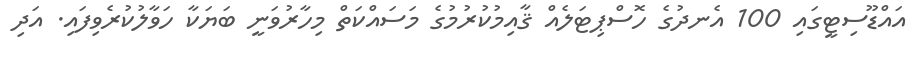
އައްޑޫސިޓީގައި 100 އެނދުގެ ހޮސްޕިޓަލެއް ޤާއިމުކުރުމުގެ މަސައްކަތް މިހާރުވަނީ ބަޔަކާ ހަވާލުކުރެވިފައި. އަދި